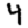
Digit: 4